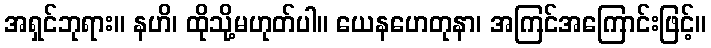
အရှင်ဘုရား။ နဟိ၊ ထိုသို့မဟုတ်ပါ။ ယေနဟေတုနာ၊ အကြင်အကြောင်းဖြင့်။